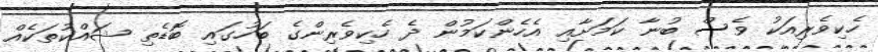
ހެކިވެރިއަކު ވެސް ބުނާ ކަމަށާއި އެހެންކަމުން ދެ ހެކިވެރިންގެ ބަހުގައި ބޮޑެތި ޝައްކުތަކެއް